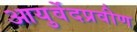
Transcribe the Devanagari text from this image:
आयुर्वेदप्रवीण